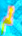
لم